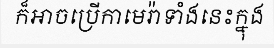
ក៏អាចប្រើកាមេរ៉ាទាំងនេះក្នុង